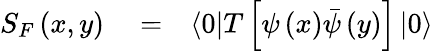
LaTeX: \begin{array}{rlr}{S_{F}\left(x,y\right)}&{{}=}&{\left<0\right|T\left[\psi\left(x\right)\bar{\psi}\left(y\right)\right]\left|0\right>}\end{array}